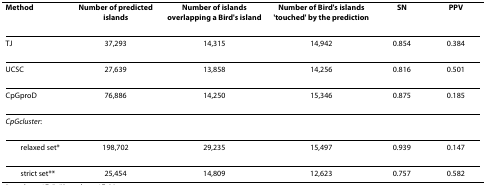
<table><thead><tr><td><b>Method</b></td><td><b>Number of predicted islands</b></td><td><b>Number of islands overlapping a Bird&#x27;s island</b></td><td><b>Number of Bird&#x27;s islands &#x27;touched&#x27; by the prediction</b></td><td><b>SN</b></td><td><b>PPV</b></td></tr></thead><tbody><tr><td>TJ</td><td>37,293</td><td>14,315</td><td>14,942</td><td>0.854</td><td>0.384</td></tr><tr><td>UCSC</td><td>27,639</td><td>13,858</td><td>14,256</td><td>0.816</td><td>0.501</td></tr><tr><td>CpGproD</td><td>76,886</td><td>14,250</td><td>15,346</td><td>0.875</td><td>0.185</td></tr><tr><td colspan="6"><i>CpGcluster</i>:</td></tr><tr><td> relaxed set*</td><td>198,702</td><td>29,235</td><td>15,497</td><td>0.939</td><td>0.147</td></tr><tr><td> strict set**</td><td>25,454</td><td>14,809</td><td>12,623</td><td>0.757</td><td>0.582</td></tr></tbody></table>